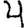
Digit: 4